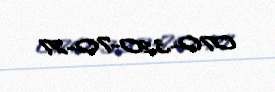
070-320-70-27